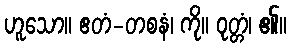
ဟူသော။ ဧတံ-တစနံ၊ ကို။ ဝုတ္တံ၊ ၏။